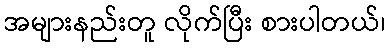
အများနည်းတူ လိုက်ပြီး စားပါတယ်၊